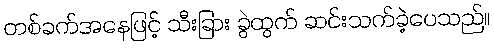
တစ်ခက်အနေဖြင့် သီးခြား ခွဲထွက် ဆင်းသက်ခဲ့ပေသည်။